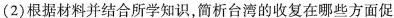
(2)根据材料并结合所学知识，简析台湾的收复在哪些方面促